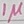
Text: 1µ